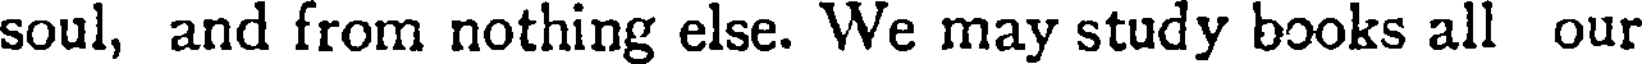
soul, and from nothing else. We may study books all our